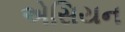
એસિયન